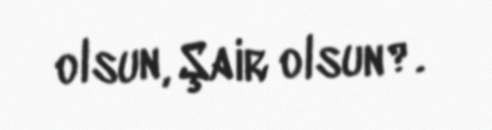
olsun, Şair olsun?.